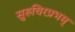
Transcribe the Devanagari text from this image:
सुरुचिरप्रभम्